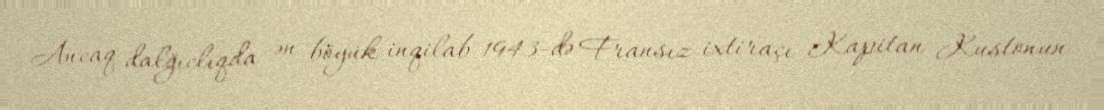
Ancaq dalğıclıqda ən böyük inqilab 1943-də Fransız ixtiraçı Kapitan Kustonun